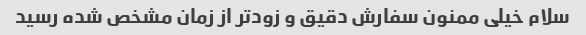
سلام خیلی ممنون سفارش دقیق و زودتر از زمان مشخص شده رسید